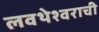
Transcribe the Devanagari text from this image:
लवथेश्वराची